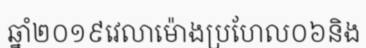
ឆ្នាំ២០១៩វេលាម៉ោងប្រហែល០៦និង